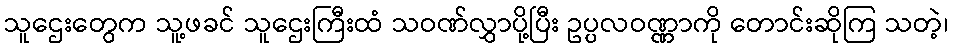
သူဌေးတွေက သူ့ဖခင် သူဌေးကြီးထံ သဝဏ်လွှာပို့ပြီး ဥပ္ပလဝဏ္ဏာကို တောင်းဆိုကြ သတဲ့၊